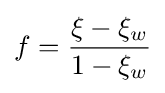
f={\frac {\xi -\xi _{w}}{1-\xi _{w}}}